Leaving Certificate Examination, 1912
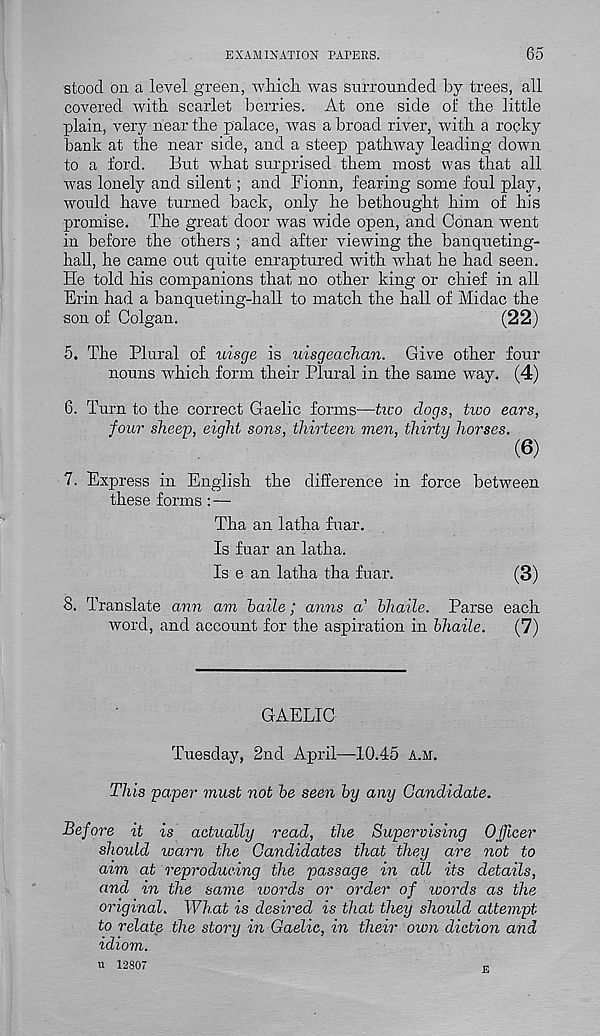
EXAMINATION PAPERS.
65
stood on a level green, -whicli was surrounded by trees, all
covered with scarlet berries. At one side ol the little
plain, very near the palace, was abroad river, with a rocky
bank at the near side, and a steep pathway leading down
to a ford.
But what surprised them most was that all
was lonely and silent; and Fionn, fearing some foul play,
would have turned back, only he bethought him of his
promise. The great door was wide open, and Conan went
in before the others ; and after viewing the banqueting-
hall, he came out quite enraptured with what he had seen.
He told his companions that no other king or chief in all
Erin had a banqueting-hall to match the hall of Midac the
son of Colgan.
(22)
5. The Plural of uisge is uisgeachan. Give other four
nouns which form their Plural in the same way. (4)
6. Turn to the correct Gaelic forms—tico dogs, two ears,
four sheep, eight sons, thirteen men, thirty horses.
(6)
7. Express in English the difference in force between
these forms : —
Tha an latha fuar.
Is fuar an latha.
Is e an latha tha fuar.
(3)
8. Translate ann am haile; aims a' hhaile. Parse each
word, and account for the aspiration in bhaile.
(7)
GAELIC
Tuesday, 2nd April—10.45 a.m.
This paper must not be seen by any Candidate.
Before it is actually read, the Supervising Officer
should warn the Candidates that they are not to
aim at reproducing the passage in all its details,
and in the same words or order of words as the
original. What is desired is that they should attempt
to relate the story in Gaelic, in their own diction and
idiom.
u 12807
p